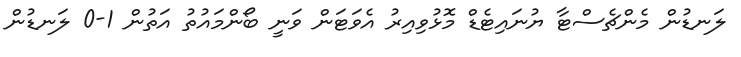
ލަނޑުން މެންޗެސްޓާ ޔުނައިޓެޑް މޮޅުވިއިރު އެވަޓަން ވަނީ ބޯންމައުތު އަތުން 1-0 ލަނޑުން